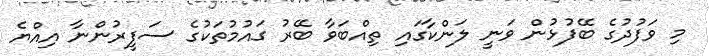
މި ވަފުދުގެ ބޭފުޅުން ވަނީ ލަންކާގައި ތިއްބަވާ ބޭރު ގައުމުތަކުގެ ސަފީރުންނާ އިއްޔެ